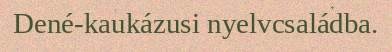
Dené-kaukázusi nyelvcsaládba.